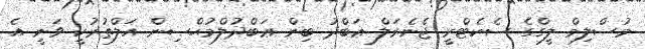
މުސްލިމް ލީގްގެ ސެކެޓްރީ ޖެނެރަލް ޢަބްދު ބިން ޢަބްދުލްމުޙްޞިން އަލްތުރުކީ ވަނީ އެ